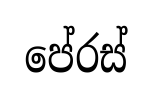
පේරස්